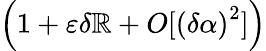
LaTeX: \left(1+\varepsilon\delta\mathbb{R}+O[\left(\delta\alpha\right)^{2}]\right)